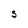
Character: S